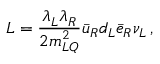
{ \cal L } = { \frac { \lambda _ { L } \lambda _ { R } } { 2 m _ { L Q } ^ { 2 } } } \bar { u } _ { R } d _ { L } \bar { e } _ { R } \nu _ { L } \, ,